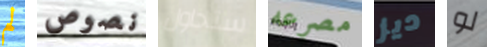
لم نصوص ستحاول مصرعه ديز لو